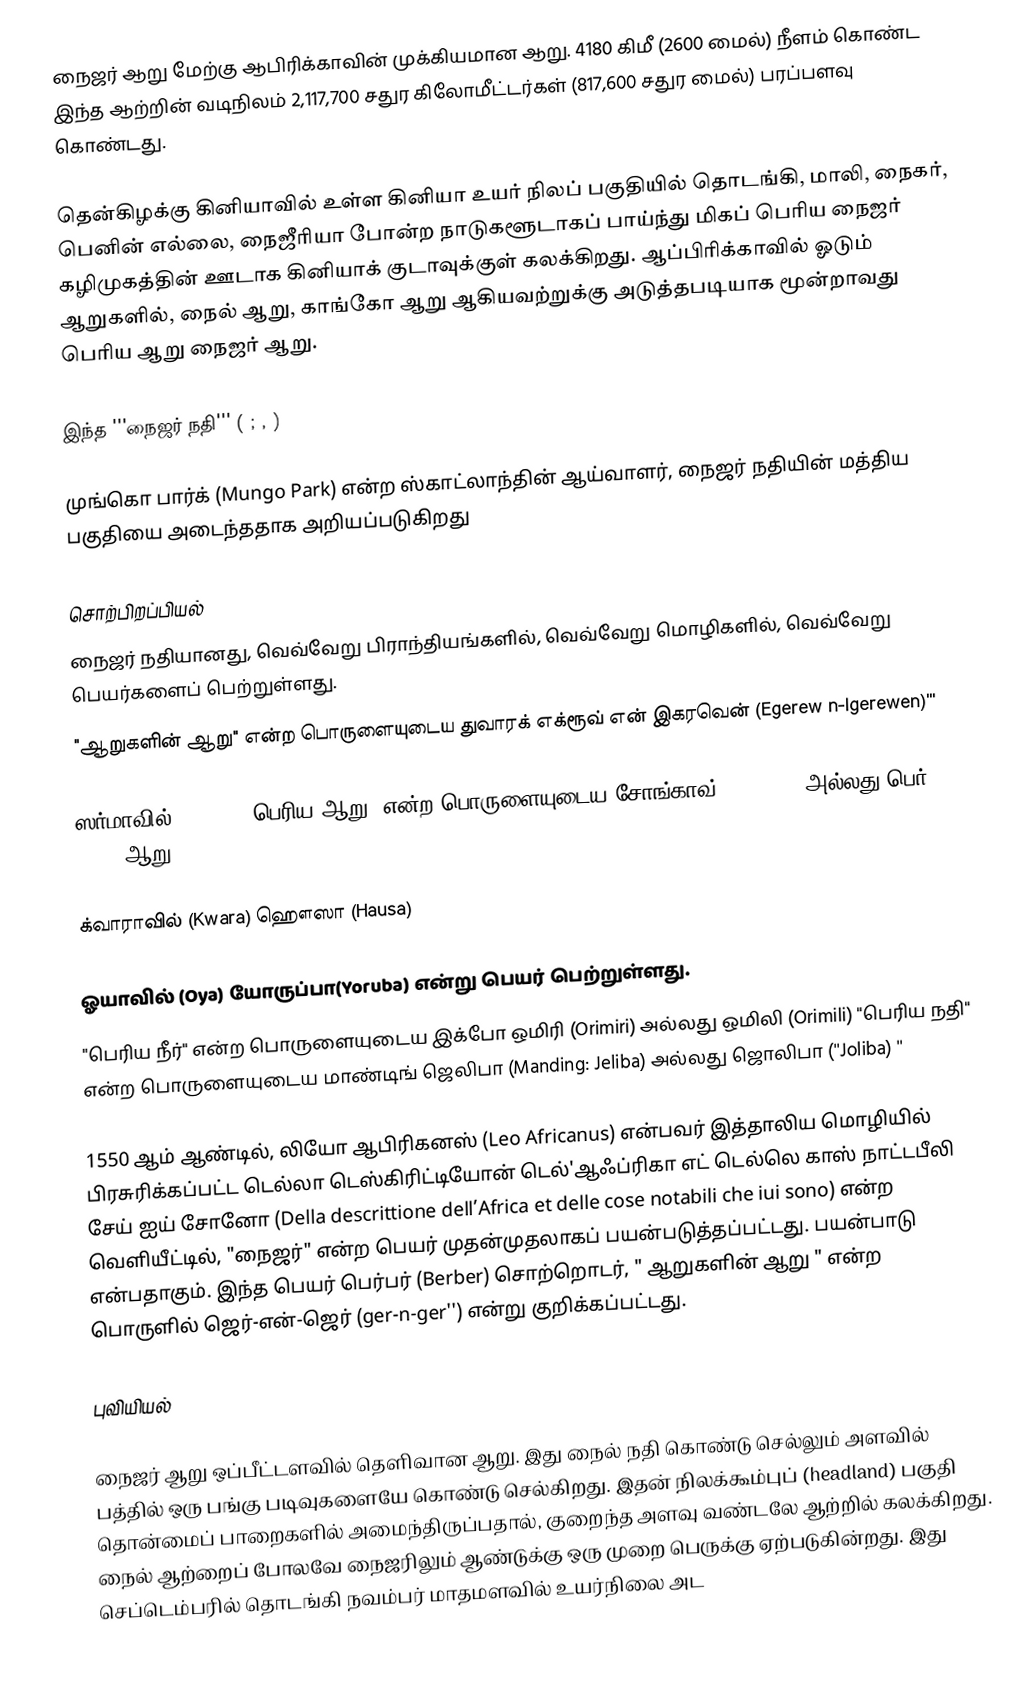
நைஜர் ஆறு மேற்கு ஆபிரிக்காவின் முக்கியமான ஆறு. 4180 கிமீ (2600 மைல்) நீளம் கொண்ட இந்த ஆற்றின் வடிநிலம் 2,117,700 சதுர கிலோமீட்டர்கள் (817,600 சதுர மைல்) பரப்பளவு கொண்டது.

தென்கிழக்கு கினியாவில் உள்ள கினியா உயர் நிலப் பகுதியில் தொடங்கி, மாலி, நைகர், பெனின் எல்லை, நைஜீரியா போன்ற நாடுகளூடாகப் பாய்ந்து மிகப் பெரிய நைஜர் கழிமுகத்தின் ஊடாக கினியாக் குடாவுக்குள் கலக்கிறது. ஆப்பிரிக்காவில் ஓடும் ஆறுகளில், நைல் ஆறு, காங்கோ ஆறு ஆகியவற்றுக்கு அடுத்தபடியாக மூன்றாவது பெரிய ஆறு நைஜர் ஆறு.

இந்த '''நைஜர் நதி''' ( ; , ) 

முங்கொ பார்க் (Mungo Park) என்ற ஸ்காட்லாந்தின் ஆய்வாளர், நைஜர் நதியின் மத்திய பகுதியை அடைந்ததாக அறியப்படுகிறது

சொற்பிறப்பியல்
நைஜர் நதியானது, வெவ்வேறு பிராந்தியங்களில், வெவ்வேறு மொழிகளில், வெவ்வேறு பெயர்களைப் பெற்றுள்ளது.
 "ஆறுகளின் ஆறு" என்ற பொருளையுடைய துவாரக் எக்ரூவ் என் இகரவென் (Egerew n-Igerewen)'''

 ஸர்மாவில் (Zarma) "பெரிய ஆறு" என்ற பொருளையுடைய சோங்காவ் (Songhay) அல்லது பெர் (Ber) ஆறு

 க்வாராவில் (Kwara) ஹௌஸா (Hausa)

 ஓயாவில் (Oya) யோருப்பா(Yoruba) என்று பெயர் பெற்றுள்ளது.
 "பெரிய நீர்" என்ற பொருளையுடைய இக்போ ஒமிரி (Orimiri) அல்லது ஒமிலி (Orimili) "பெரிய நதி" என்ற பொருளையுடைய மாண்டிங் ஜெலிபா (Manding: Jeliba) அல்லது ஜொலிபா (''Joliba) ''

1550 ஆம் ஆண்டில், லியோ ஆபிரிகனஸ் (Leo Africanus) என்பவர் இத்தாலிய மொழியில் பிரசுரிக்கப்பட்ட டெல்லா டெஸ்கிரிட்டியோன் டெல்'ஆஃப்ரிகா எட் டெல்லெ காஸ் நாட்டபீலி சேய் ஐய் சோனோ (Della descrittione dell’Africa et delle cose notabili che iui sono) என்ற வெளியீட்டில், "நைஜர்" என்ற பெயர் முதன்முதலாகப் பயன்படுத்தப்பட்டது.  பயன்பாடு  என்பதாகும். இந்த பெயர் பெர்பர் (Berber) சொற்றொடர்,  " ஆறுகளின் ஆறு " என்ற பொருளில் ஜெர்-என்-ஜெர் (ger-n-ger'') என்று குறிக்கப்பட்டது.

புவியியல்

நைஜர் ஆறு ஒப்பீட்டளவில் தெளிவான ஆறு. இது நைல் நதி கொண்டு செல்லும் அளவில் பத்தில் ஒரு பங்கு படிவுகளையே கொண்டு செல்கிறது. இதன் நிலக்கூம்புப் (headland) பகுதி தொன்மைப் பாறைகளில் அமைந்திருப்பதால், குறைந்த அளவு வண்டலே ஆற்றில் கலக்கிறது. நைல் ஆற்றைப் போலவே நைஜரிலும் ஆண்டுக்கு ஒரு முறை பெருக்கு ஏற்படுகின்றது. இது செப்டெம்பரில் தொடங்கி நவம்பர் மாதமளவில் உயர்நிலை அட